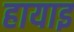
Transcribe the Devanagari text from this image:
हायाइ